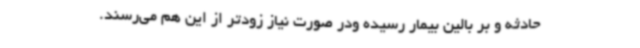
حادثه و بر بالین بیمار رسیده ودر صورت نیاز زودتر از این هم می‌رسند.